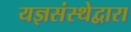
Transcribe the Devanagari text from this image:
यज्ञसंस्थेद्वारा